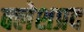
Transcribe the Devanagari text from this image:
क्लेशप्रद